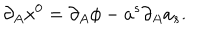
\partial _ { A } x ^ { 0 } = \partial _ { A } \phi - a ^ { s } \partial _ { A } a _ { s } .